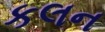
કલન